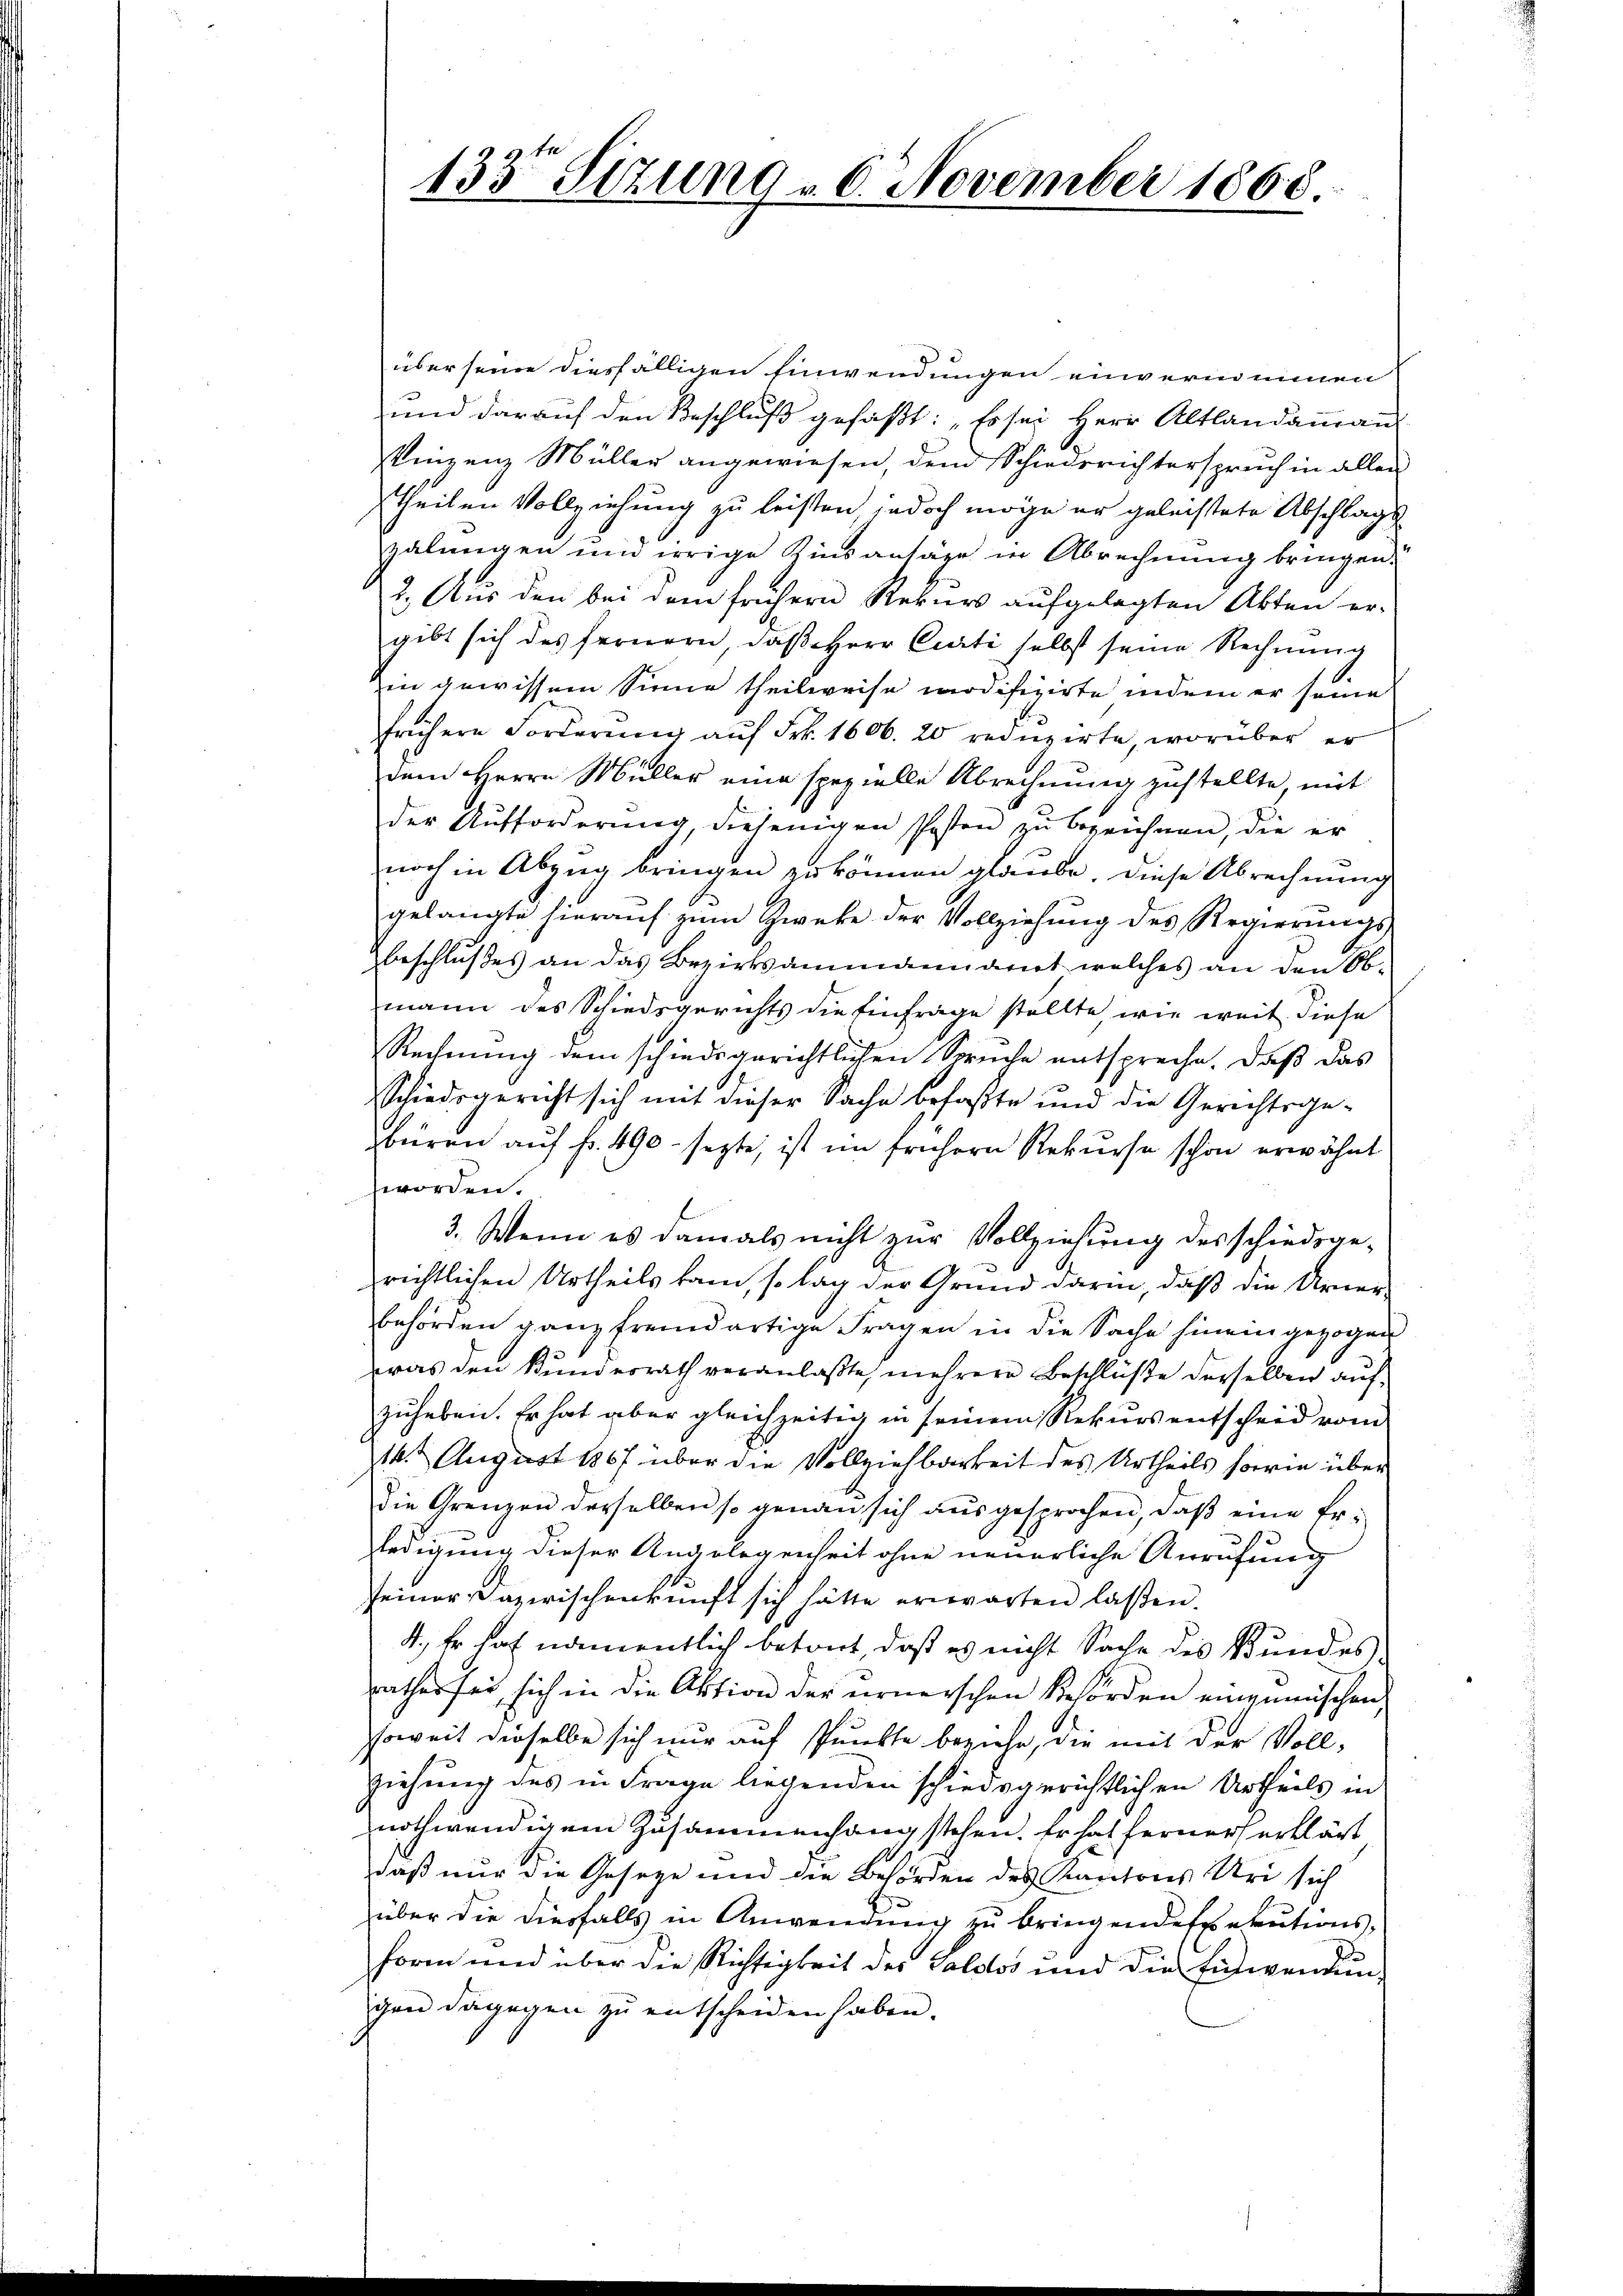
133. Sizung v. 6. November 1868.

über seine diesfälligen Einwendungen einvernommen
und darauf den Beschluß gefaßt: „Es sei Herr Altlandammann
Vinzenz Müller angewiesen, den Schiedsrichterspruch in allen
theilen Vollziehung zu leisten jedoch möge er geleistete Abschlags
zalungen und irrige Zinsansäze in Abrechnung bringen.
2. Aus den bei dem frühern Rekurs aufgelegten Akten er-
gibt sich des fernern, daß Herr Curti selbst seine Rechnung
6
in gewissem Sinne theilweise wirdifizirte indem er seine
frühere Forderung auf Frk. 1606. 20 reduzirte, worüber er
dem Herrn Müller eine spezielle Abrechnŭng zustellte, mit
der Aufforderung, diejenigen Posten zu bezeichnen, die er
noch in Abzug bringen zu können glaube, diese Abrechnung
gelangte hierauf zum Zwecke der Vollziehung des Regierungs-
beschlußes an das Bezirksammannamt welches an den Obmann des Schiedsgerichts die Einfrage stellte wie weit diese
Rechnung dem schiedsgerichtlichen Spruche entspreche. Daß das
Schiedergericht sich mit dieser Sache befaßte und die Gerichtsgebüren auf fr. 490 - sezte, ist im frühern Rekurse schon erwähnt
worden.
3. Wenn es damals nicht zur Vollziehung des schiedsge-
richtlichen Urtheils kam, so lag der Grund darin, daß die Urner-
behörden ganz fremdartige Fragen in die Sache hinein gezogen
wras den Bundesrath veranlaßte, mehrere Beschlüße derselben aufzuheben. Er hat aber gleichzeitig in seinem Rekurs entscheid vom
14. August 1867 über die Vollziehbarkeit des Urtheils horrin über
die Grenzen derselben so genau sich ausgesprochen, daß eine Erledigung dieser Angelegenheit ohne neuerliche Anrufung
seiner Dazwischenkunft sich hätte erwarten laßen.
4., Er hat namentlich betont, daß es nicht Sache des Bundespathes sei, sich in die Aktion der ernerschen Behörden einzumischen,
soweit dieselbe sich nur auf spunkte beziehe, die mit der Voll-
ziehung des in Frage liegenden schiedsgerichtlichen Urtheils in
nothwendigem Zusammenhang stehen. Er hat ferner erklärt
daß nur die Geseze und die Behörden des Kantons Uri sich
über die diesfalls in Anwendung zu bringendespekutions¬
Form und über die Richtigkeit der Valdlos und die Einwendung
chen dagegen zu entscheiden haben.